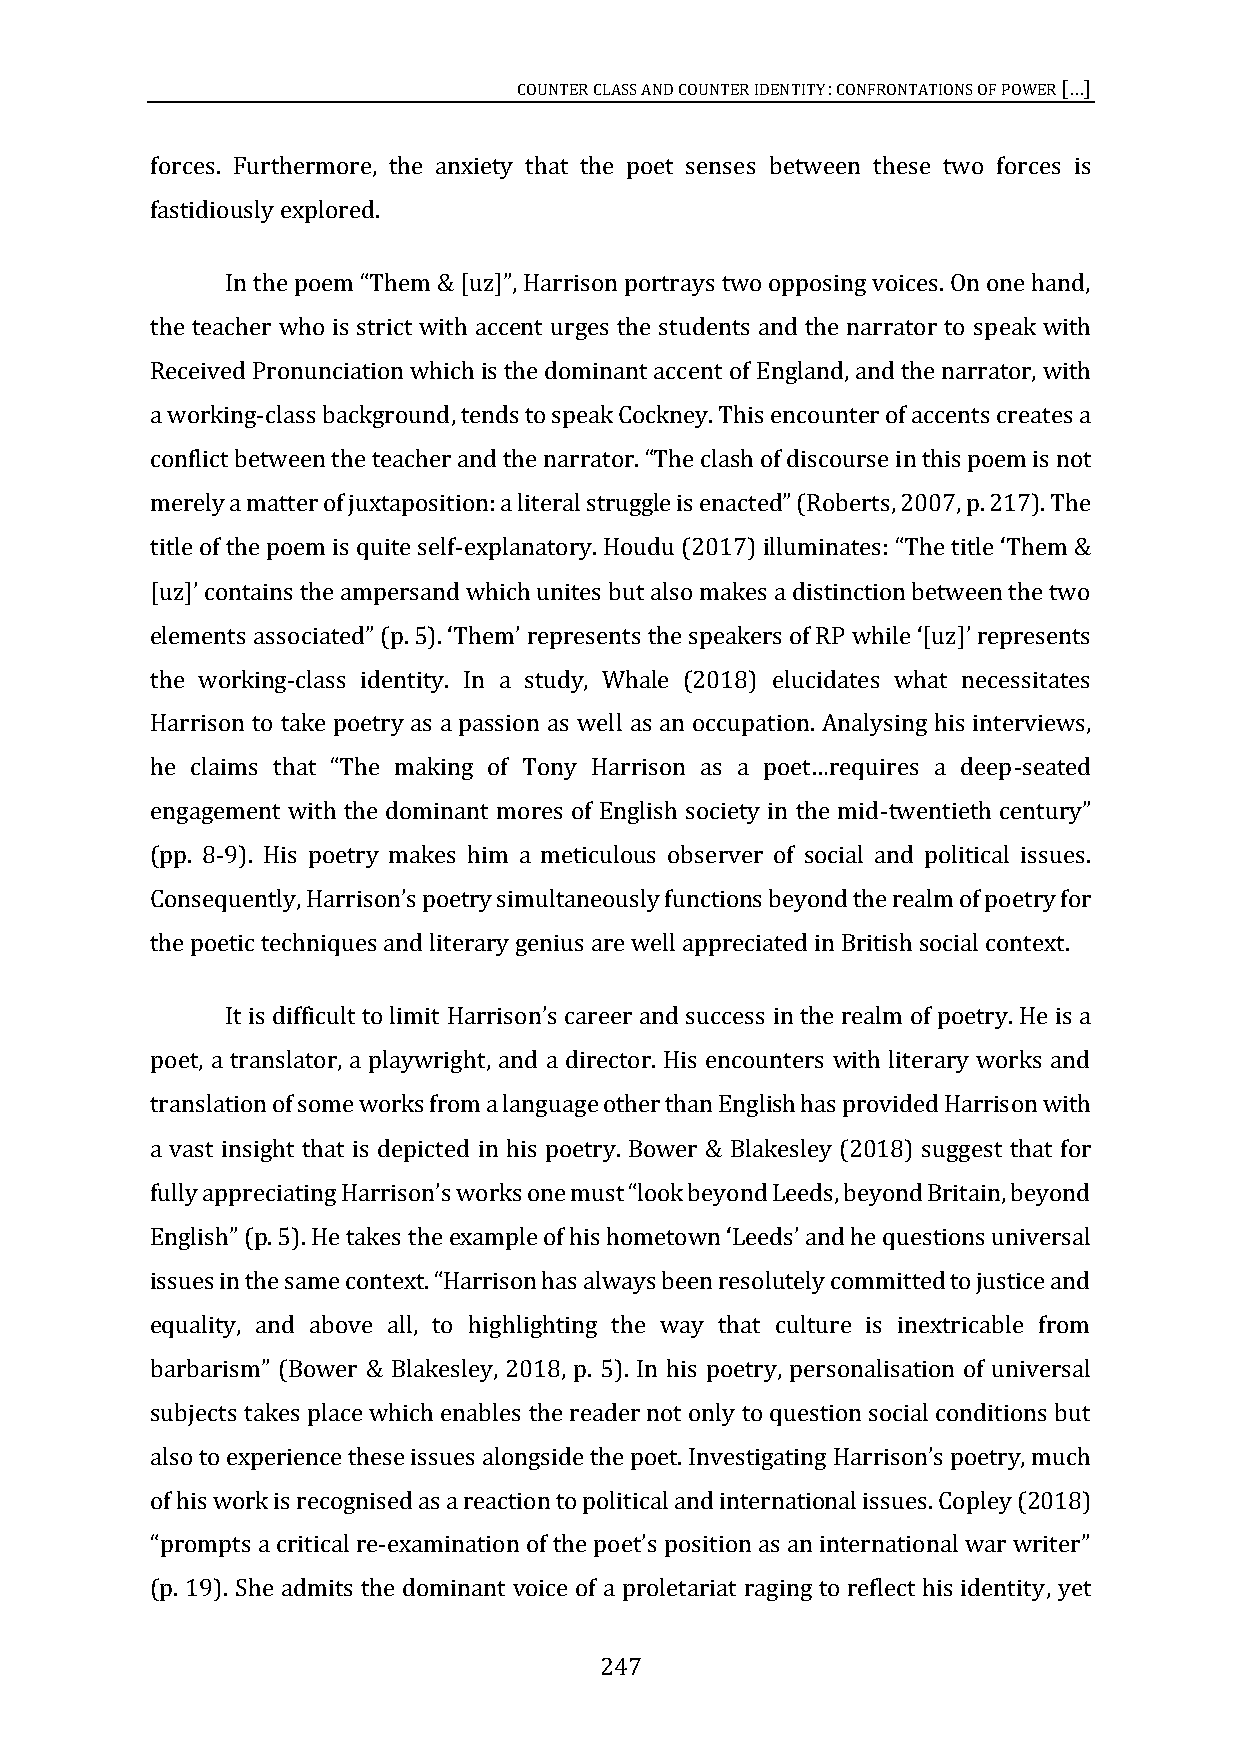
COUNTER CLASS AND COUNTER IDENTITY: CONFRONTATIONS OF POWER
 […]
 forces. Furthermore, the anxiety that the poet senses between these two forces is
 fastidiously explored.
 & [uz]
 the teacher who is strict with accent urges the students and the narrator to speak with
 In the poem “Them ”, Harrison portrays two opposing voices. On one hand,
 Received Pronunciation which is the dominant accent of England, and the narrator, with
 a working-class background, tends to speak Cockney. This encounter of accents creates a
 conflict between the teacher and the narrator.    n this poem is not
 2007, p. 217). The
 “The clash of discourse i
 title of the poem is quite self-explanatory. Houdu (2017)
 merely a matter of juxtaposition: a literal struggle is enacted” (Roberts,
 contains the ampersand which unites but also makes a distinction between the two
 illuminates: “The title ‘Them &
 p.                            while [uz] represents
 [uz]’
 the working-class identity. In a study, Whale (2018) elucidates what necessitates
 elements associated” ( 5). ‘Them’ represents the speakers of RP ‘ ’
 Harrison to take poetry as a passion as well as an occupation. Analysing his interviews,
 -seated
 engagement with the dominant mores of English society in the mid-
 he claims that “The making of Tony Harrison as a poet…requires a deep
 (pp. 8-9). His poetry makes him a meticulous observer of social and political issues.
 twentieth century”
 Consequen                                                 ry for
 the poetic techniques and literary genius are well appreciated in British social context.
 tly, Harrison’s poetry simultaneously functions beyond the realm of poet
 in the realm of poetry. He is a
 poet, a translator, a playwright, and a director. His encounters with literary works and
 It is difficult to limit Harrison’s career and success
 translation of some works from a language other than English has provided Harrison with
 a vast insight that is depicted in his poetry. Bower & Blakesley (2018) suggest that for
 p. 5). He takes the
 fully appreciating Harrison’s works one must “look beyond Leeds, beyond Britain, beyond
 English” (          example of his hometown ‘Leeds’ and he questions universal
 equality, and above all, to highlighting the way that culture is inextricable from
 issues in the same context. “Harrison has always been resolutely committed to justice and
 (Bower & Blakesley, 2018, p. 5). In his poetry, personalisation of universal
 subjects takes place which enables the reader not only to question social conditions but
 barbarism”
 also to experience these issues alongside the poet.
 of his work is recognised as a reaction to political and international issues. Copley (2018)
 Investigating Harrison’s poetry, much
 -
 (p. 19). She admits the dominant voice of a proletariat raging to reflect his identity, yet
 “prompts a critical re examination of the poet’s position as an international war writer”
 247